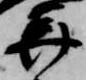
美